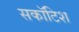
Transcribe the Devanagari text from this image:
सकॉटिश